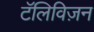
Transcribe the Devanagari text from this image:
टॅलिविज़न